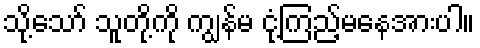
သို့သော် သူတို့ကို ကျွန်မ ငုံ့ကြည့်မနေအားပါ။